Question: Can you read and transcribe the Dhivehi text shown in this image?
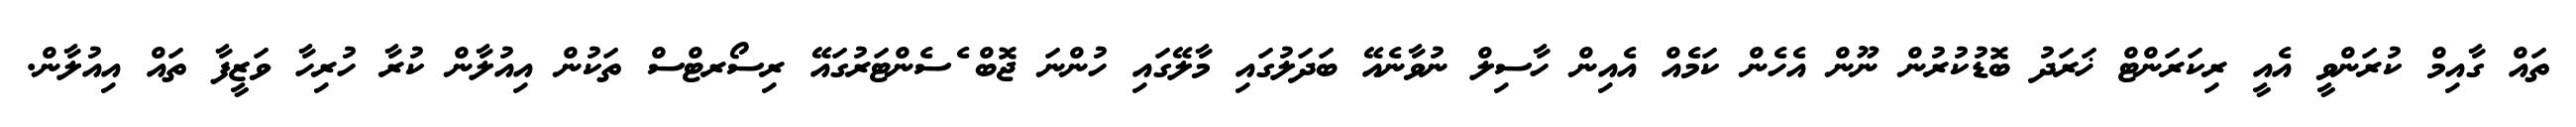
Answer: ތައް ގާއިމް ކުރަންވީ އެއީ ރިކަރަންޓް ޚަރަދު ބޮޑުކުރުން ނޫން އެހެން ކަމެއް އެއިން ހާސިލް ނުވާނެއޭ ބަދަލުގައި މާލޭގައި ހުންނަ ޖޮބް ެސެންޓަރުގައޭ ރިސޯރޓްސް ތަކުން އިއުލާން ކުރާ ހުރިހާ ވަޒީފާ ތައް އިއުލާން.